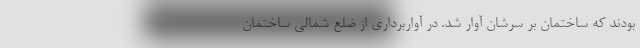
بودند که ساختمان بر سرشان آوار شد. در آواربرداری از ضلع شمالی ساختمان